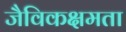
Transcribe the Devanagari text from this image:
जैविकक्षमता